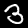
Label: 3